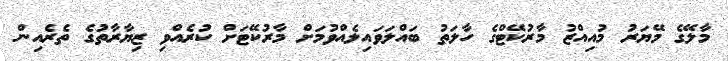
މާލޭގެ މޭޔަރު މުއިއްޒު މާރުކޭޓްގެ ހާލަތު ބައްލަވައިލެއްވުމަށް މާރުކޭޓަށް ކުރެއްވި ޒިޔާރާތުގެ ތެރެއިން